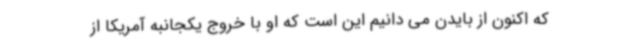
که اکنون از بایدن می دانیم این است که او با خروج یکجانبه آمریکا از